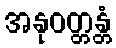
အနုဝတ္တန္တံ